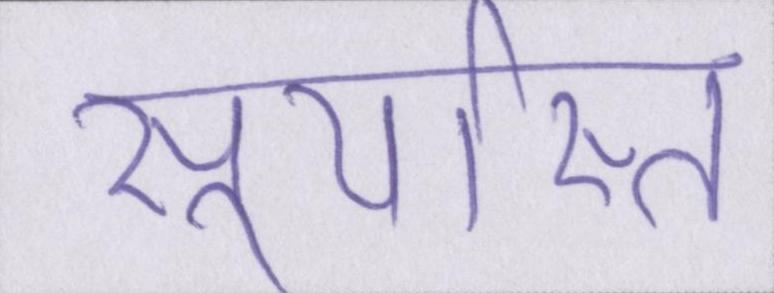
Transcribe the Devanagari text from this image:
सूर्यास्त